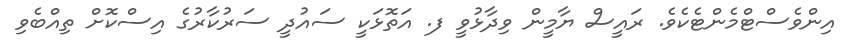
އިންވެސްޓްމެންޓެކެވެ. ރައީސް ޔާމީން ވިދާޅުވީ ފ. އަތޮޅަކީ ސައުދީ ސަރުކާރުގެ އިސްކޮށް ތިއްބެވި